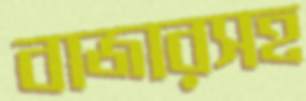
বাজারসহ